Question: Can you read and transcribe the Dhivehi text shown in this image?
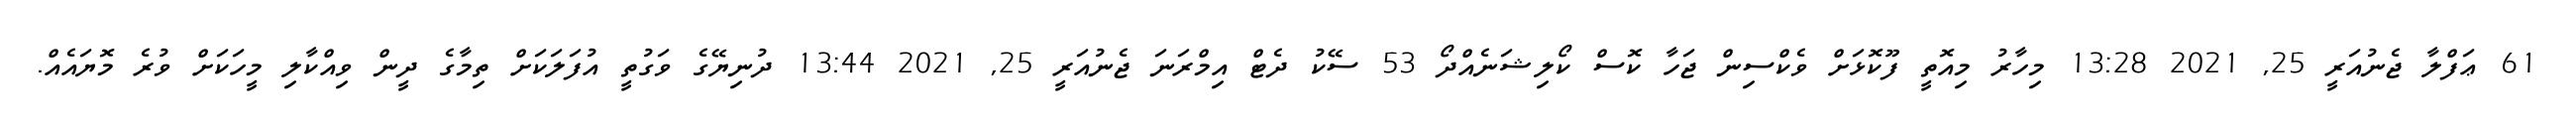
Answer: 61 ޢަފްލާ ޖެނުއަރީ 25, 2021 13:28 މިހާރު މިއޮތީ ފޫކޮޅަށް ވެކްސިން ޖަހާ ކޮސް ކޯލިޝަނެއްދޯ 53 ސޭކު ދެޓް އިމްރަނަ ޖެނުއަރީ 25, 2021 13:44 ދުނިޔޭގެ ވަގުތީ އުފަލަކަށް ތިމާގެ ދީން ވިއްކާލި މީހަކަށް ވުރެ މޮޔައެއް.